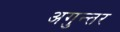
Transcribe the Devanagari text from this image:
अगुन्तर